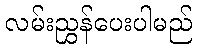
လမ်းညွှန်ပေးပါမည်